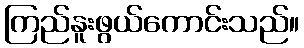
ကြည်နူးဖွယ်ကောင်းသည်။